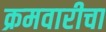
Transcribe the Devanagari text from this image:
क्रमवारीचा